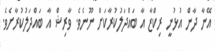
އޭނާ ދާން އުޅުނީ ރިިކްޒާ އާ ބައްދަލުކުރާކަށް ނޫނެވެ. ވާރިޝް އާ ބައްދަލުކުރާށެވެ.